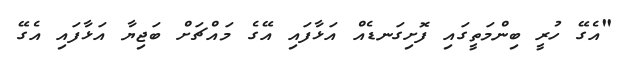
"އެގޭ ހުރީ ބިންމަތީގައި ފޮށިގަނޑެއް އަޅާފައި އޭގެ މައްޗަށް ބަޖިޔާ އަޅާފައި އެގޭ